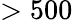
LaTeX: >500